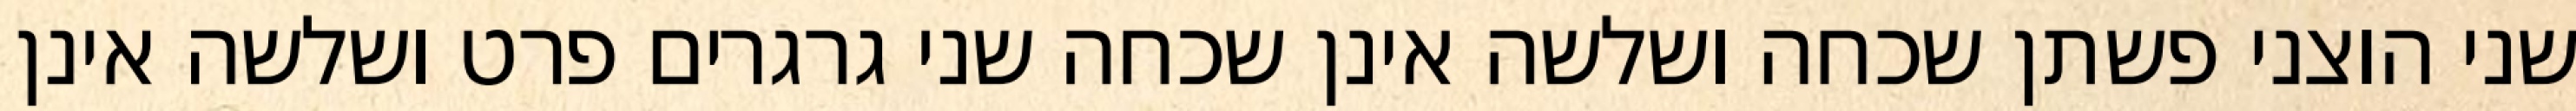
שני הוצני פשתן שכחה ושלשה אינן שכחה שני גרגרים פרט ושלשה אינן